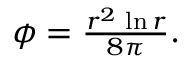
\begin{array} { r } { \phi = \frac { r ^ { 2 } \, \ln { r } } { 8 \pi } . } \end{array}